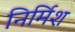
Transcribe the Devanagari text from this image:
निर्मिश